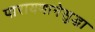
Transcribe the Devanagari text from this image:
पारायणानेसुद्धा